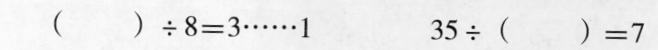
() ÷8=3……1 35÷ () =7